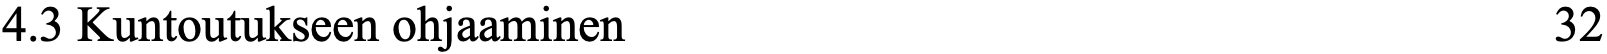
4.3 Kuntoutukseen ohjaaminen                        32